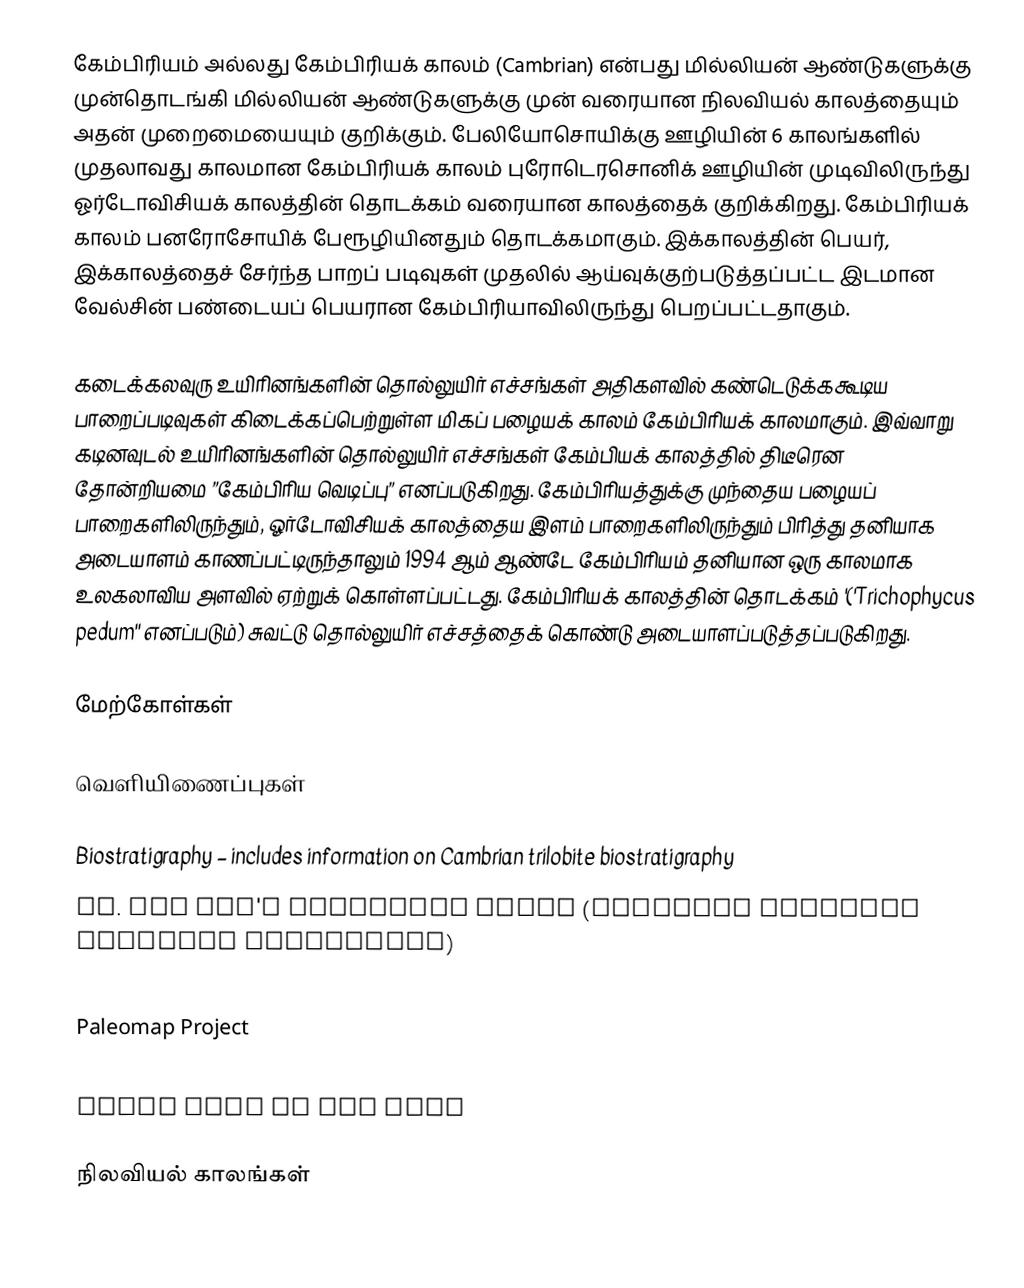
கேம்பிரியம் அல்லது கேம்பிரியக் காலம் (Cambrian) என்பது  மில்லியன் ஆண்டுகளுக்கு முன்தொடங்கி  மில்லியன் ஆண்டுகளுக்கு முன் வரையான நிலவியல் காலத்தையும் அதன் முறைமையையும் குறிக்கும். பேலியோசொயிக்கு ஊழியின் 6 காலங்களில் முதலாவது காலமான கேம்பிரியக் காலம் புரோடெரசொனிக் ஊழியின்  முடிவிலிருந்து  ஓர்டோவிசியக் காலத்தின் தொடக்கம் வரையான காலத்தைக் குறிக்கிறது. கேம்பிரியக் காலம் பனரோசோயிக் பேரூழியினதும் தொடக்கமாகும். இக்காலத்தின் பெயர், இக்காலத்தைச் சேர்ந்த பாறப் படிவுகள் முதலில் ஆய்வுக்குற்படுத்தப்பட்ட இடமான வேல்சின் பண்டையப் பெயரான கேம்பிரியாவிலிருந்து பெறப்பட்டதாகும்.

கடைக்கலவுரு உயிரினங்களின் தொல்லுயிர் எச்சங்கள் அதிகளவில் கண்டெடுக்ககூடிய பாறைப்படிவுகள் கிடைக்கப்பெற்றுள்ள மிகப் பழையக் காலம் கேம்பிரியக் காலமாகும். இவ்வாறு கடினவுடல் உயிரினங்களின் தொல்லுயிர் எச்சங்கள் கேம்பியக் காலத்தில் திடீரென தோன்றியமை ”கேம்பிரிய வெடிப்பு” எனப்படுகிறது. கேம்பிரியத்துக்கு முந்தைய பழையப் பாறைகளிலிருந்தும், ஓர்டோவிசியக் காலத்தைய இளம் பாறைகளிலிருந்தும் பிரித்து தனியாக அடையாளம் காணப்பட்டிருந்தாலும் 1994 ஆம் ஆண்டே கேம்பிரியம் தனியான ஒரு காலமாக உலகலாவிய அளவில் ஏற்றுக் கொள்ளப்பட்டது. கேம்பிரியக் காலத்தின் தொடக்கம் '('Trichophycus pedum'' எனப்படும்) சுவட்டு தொல்லுயிர் எச்சத்தைக் கொண்டு அடையாளப்படுத்தப்படுகிறது.

மேற்கோள்கள்

வெளியிணைப்புகள்

 Biostratigraphy – includes information on Cambrian trilobite biostratigraphy
 Dr. Sam Gon's trilobite pages (contains numerous Cambrian trilobites)
 Examples of Cambrian Fossils
 Paleomap Project
 Report on the web on Amthor and others from Geology vol. 31
 Weird Life on the Mats

நிலவியல் காலங்கள்